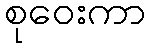
စုဝေးကာ